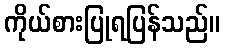
ကိုယ်စားပြုရပြန်သည်။